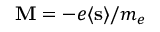
\mathbf { M } = - e \langle \mathbf { s } \rangle / m _ { e }